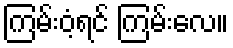
ကြမ်းဝံ့ရင် ကြမ်းလေ။